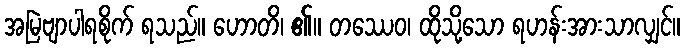
အမြဲဗျာပါရစိုက် ရသည်။ ဟောတိ၊ ၏။ တဿေဝ၊ ထိုသို့သော ရဟန်းအားသာလျှင်။